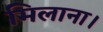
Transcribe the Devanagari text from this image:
मिलाना।